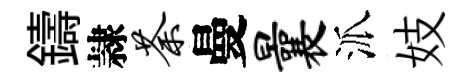
鑄隷荼曼曩派妓